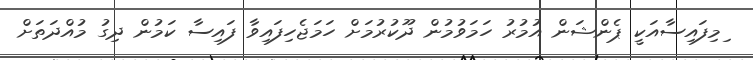
ިމިފައިސާއަކީ ޕެންޝަން އުމުރު ހަމަވުމުން ދޫކުރުމަށް ހަމަޖެހިފައިވާ ފައިސާ ކަމުން ދިގު މުއްދަތަށް